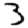
Digit: 3